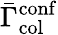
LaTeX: \bar{\Gamma}_{\mathrm{col}}^{\mathrm{conf}}